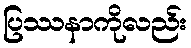
ပြဿနာကိုလည်း